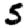
Digit: 5